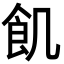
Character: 飢